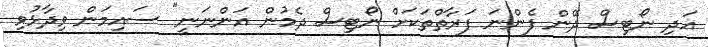
އަދި ނޯޓިސް ދޭން ފެންނަ ފަރާތްތަކަށް ނޯޓިސް ދެމުން އަންނަނީ" ސައިމަން ވިދާޅުވި